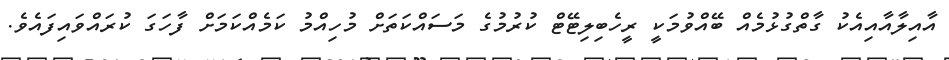
އާއިލާއާއިއެކު ގާތްގުޅުމެއް ބޭއްވުމަކީ ރީހެބިލިޓޭޓް ކުރުމުގެ މަސައްކަތަށް މުހިއްމު ކަމެއްކަމަށް ފާހަގަ ކުރައްވައިފައެވެ.